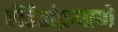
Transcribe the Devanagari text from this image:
पंडितांप्रमाणे